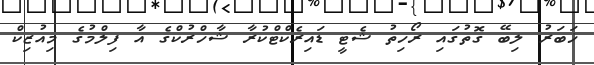
ޚަބަރު ލިބޭ ގޮތުގައި ރޯހިތު ޝެޓީ ޑައިރެކްޓްކުރާ ޝާހްރުކްގެ އާ ފިލްމުގެ މިއުޒިކް